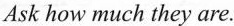
Ask how much they are.